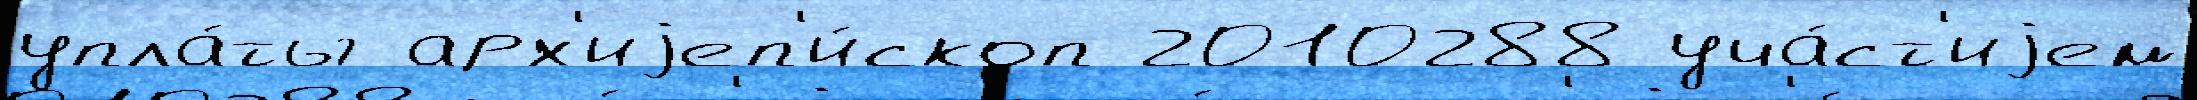
упла́ты арх'иjеп'и́скоп 2010288 уча́ст'иjем